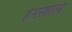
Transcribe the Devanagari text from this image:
हैमरशोल्ड